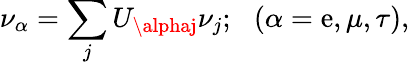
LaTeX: \nu_{\alpha}=\sum_{j}U_{\alphaj}\nu_{j};\: \: \: (\alpha=\mathrm{e},\mu,\tau),